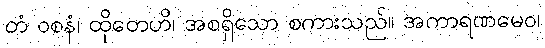
တံ ဝစနံ၊ ထိုတေဟိ၊ အစရှိသော စကားသည်။ အကာရဏမေဝ၊